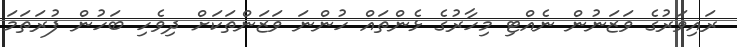
ރައިވަރުގެ ވަޒަނުން ނެއްޓި މިހާރުގެ ޅެންތައް ހުންނަ ވަޒަންތަކަށް ދިވެހި ބަހުން ފުރަތަމަ